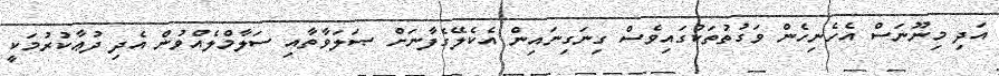
އަދި މިނޫނަސް އެހެނިހެން ވަގުތުތަކުގައިވެސް ގިނަގިނައިން އެކެލޭގެފާނަށް ޞަލަވާތާއި ސަލާމްލެއްވުން އެދި ދުޢާކުރުމަކީ